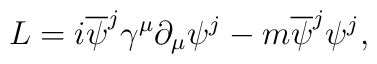
L=i\overline{\psi}^{j}{\gamma}^{\mu}\partial_{\mu}{\psi}^{j}-m\overline{\psi}^{j}{\psi}^{j},